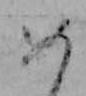
め